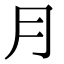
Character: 月